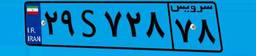
۲۹S۷۲۸۷۸